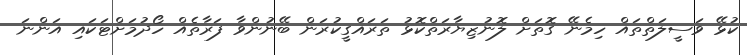
ކުޅޭ ވަސީލަތްތައް ހިމެނޭ ގޮތަށް ލޮނުޒިޔާރަތްކޮޅު ތަރައްގީކުރަން ބޭނުންވާ ފަރާތެއް ހޯދުމަށްޓަކައި އަންނަ